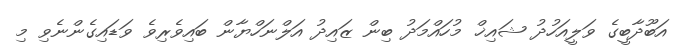
އަބޫދާބީގެ ވަލީއަހުދު ޝައިޚް މުހައްމަދު ބިން ޒައިދު އަލްނަހްޔާން ބައިވެރިވެ ވަޑައިގެންނެވި މި